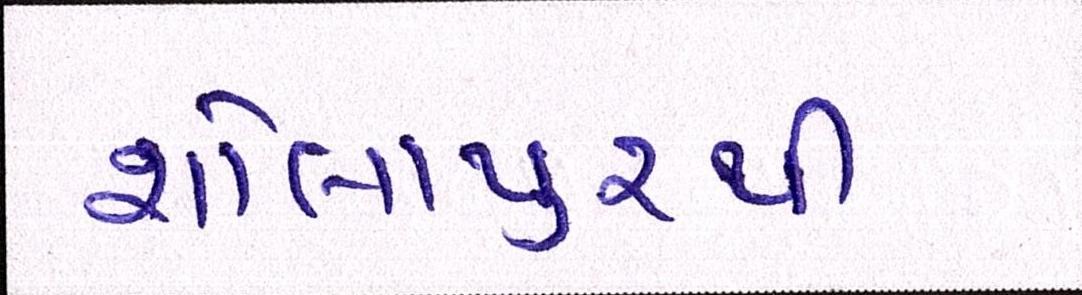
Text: શોલાપુરથી